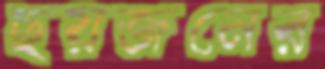
ছয়জনের